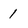
Character: 1